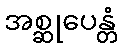
အစ္ဆုပေန္တံ